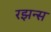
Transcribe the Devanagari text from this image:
रझन्स